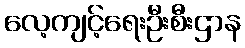
လေ့ကျင့်ရေးဦးစီးဌာန